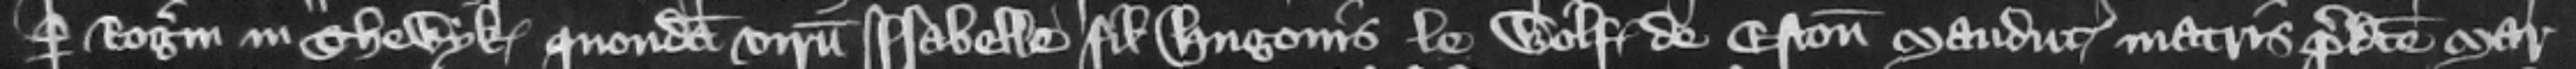
per Rogerum in Thewyk quondam virum Isabelle filie Hugonis le Wolf de Eston Maudut matris predicte Mar